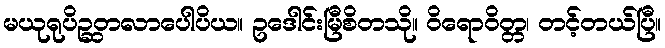
မယုရုပိဉ္ဆတလာပေါပိယ။ ဥဒေါင်းမြီစိတသို။ ဝိရောဝိတ္တ၊ တင့်တယ်ပြီ။